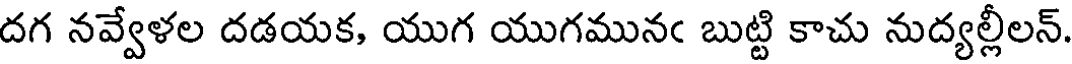
దగ నవ్వేళల దడయక, యుగ యుగమునఁ బుట్టి కాచు నుద్యల్లీలన్